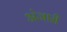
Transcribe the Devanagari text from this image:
अंजारी